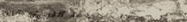
مركز الترجمة الفورية: خدم